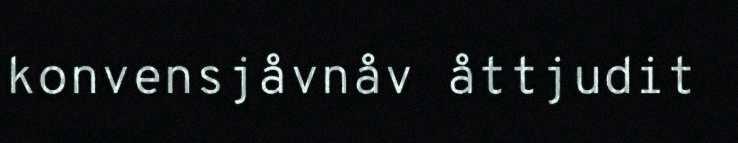
konvensjåvnåv åttjudit